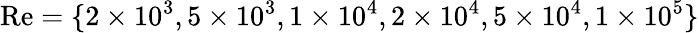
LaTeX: {\mathrm{Re}}=\{ 2\times 10^{3},5\times 10^{3},1\times 10^{4},2\times 10^{4},5\times 10^{4},1\times 10^{5}\}